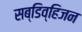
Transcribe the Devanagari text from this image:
सब्डिव्हिजन